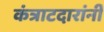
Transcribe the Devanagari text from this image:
कंत्राटदारांनी